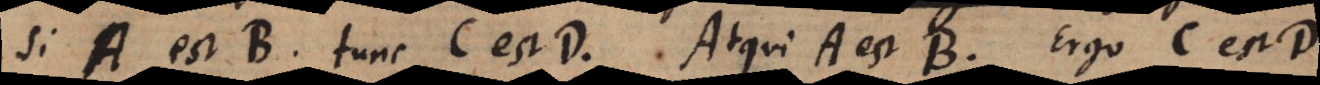
Si A est B, tunc C est D. Atqui A est B. Ergo C est D.